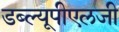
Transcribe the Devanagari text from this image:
डब्ल्यूपीएलजी